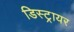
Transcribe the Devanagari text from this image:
डिस्ट्रायर